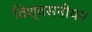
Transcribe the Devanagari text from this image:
विश्वसनीयन